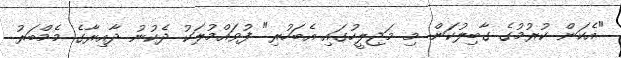
"އެކަން ކުރުމުގެ ގާބިލުކަން މި މަޖިލީހުގައި އެބަހުރި" ފުވައްމުލަކު ދެކުނު ދާއިރާގެ މެމްބަރު